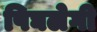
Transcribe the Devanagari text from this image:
पिघलेगी